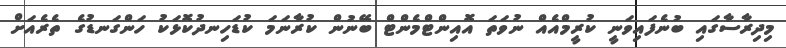
މިދިރާސާގައި ބުނެފައިވަނީ ކުރީމްއެއް ނުވަތަ އޮއިންޓްމެންޓް ބޭނުން ކުރާނަމަ ކުޑަހިނދުކޮޅަކު ހަންގަނޑުގެ ތެރެއަށް